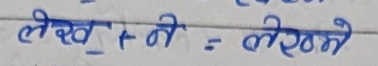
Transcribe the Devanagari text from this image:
लेख+ने = लेख्ने